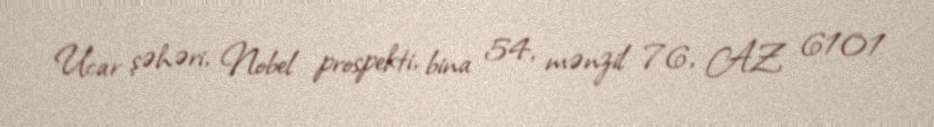
Ucar şəhəri, Nobel prospekti, bina 54, mənzil 76, AZ 6101